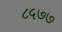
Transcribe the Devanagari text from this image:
८५७७